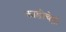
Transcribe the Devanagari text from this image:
काडीचेही